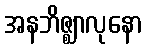
အနဘိဇ္ဈာလုနော